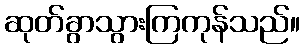
ဆုတ်ခွာသွားကြကုန်သည်။